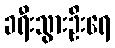
ခရီးသွားဦးရေ